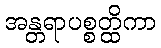
အန္တရာပစ္စတ္ထိကာ